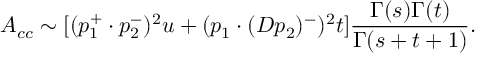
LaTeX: A _ { c c } \sim [ ( p _ { 1 } ^ { + } \cdot p _ { 2 } ^ { - } ) ^ { 2 } u + ( p _ { 1 } \cdot ( D p _ { 2 } ) ^ { - } ) ^ { 2 } t ] \frac { \Gamma ( s ) \Gamma ( t ) } { \Gamma ( s + t + 1 ) } .